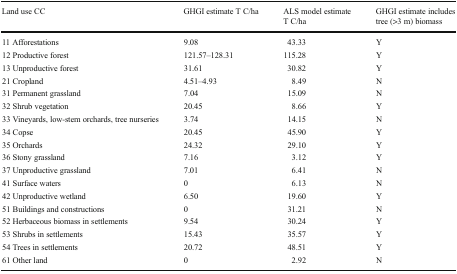
| Land use CC | GHGI estimate T C/ha | ALS model estimate T C/ha | GHGI estimate includes tree (>3 m) biomass |
 | --- | --- | --- | --- |
 | 11 Afforestations | 9.08 | 43.33 | Y |
 | 12 Productive forest | 121.57–128.31 | 115.28 | Y |
 | 13 Unproductive forest | 31.61 | 30.82 | Y |
 | 21 Cropland | 4.51–4.93 | 8.49 | N |
 | 31 Permanent grassland | 7.04 | 15.09 | N |
 | 32 Shrub vegetation | 20.45 | 8.66 | Y |
 | 33 Vineyards, low-stem orchards, tree nurseries | 3.74 | 14.15 | N |
 | 34 Copse | 20.45 | 45.90 | Y |
 | 35 Orchards | 24.32 | 29.10 | Y |
 | 36 Stony grassland | 7.16 | 3.12 | Y |
 | 37 Unproductive grassland | 7.01 | 6.41 | N |
 | 41 Surface waters | 0 | 6.13 | N |
 | 42 Unproductive wetland | 6.50 | 19.60 | Y |
 | 51 Buildings and constructions | 0 | 31.21 | N |
 | 52 Herbaceous biomass in settlements | 9.54 | 30.24 | Y |
 | 53 Shrubs in settlements | 15.43 | 35.57 | Y |
 | 54 Trees in settlements | 20.72 | 48.51 | Y |
 | 61 Other land | 0 | 2.92 | N |